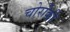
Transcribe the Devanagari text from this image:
चोरोंकी